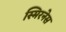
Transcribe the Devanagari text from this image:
स्मिरनेस